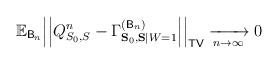
LaTeX: \begin{align*}\mathbb{E}_{\mathsf{B}_n}\Big|\Big|Q_{S_0,S}^n-\Gamma^{(\mathsf{B}_n)}_{\mathbf{S}_0,\mathbf{S}|W=1}\Big|\Big|_{\mathsf{TV}}\xrightarrow[n\to\infty]{}0\end{align*}